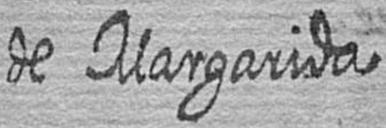
de Margarida